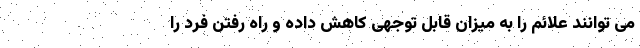
می توانند علائم را به میزان قابل توجهی کاهش داده و راه رفتن فرد را